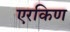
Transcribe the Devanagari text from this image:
एरकिण